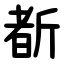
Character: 斱